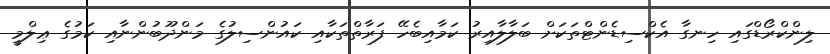
ލިންކްރޯޑްގައި ހިނގާ އެކްސިޑެންޓްތަކަށް ބަލާލާއިރު ކަމާއިބެހޭ ފަރާތްތަކާއި ކައުންސިލުގެ މަންދޫބުންނާއި ކަމުގެ ޢިލްމީ